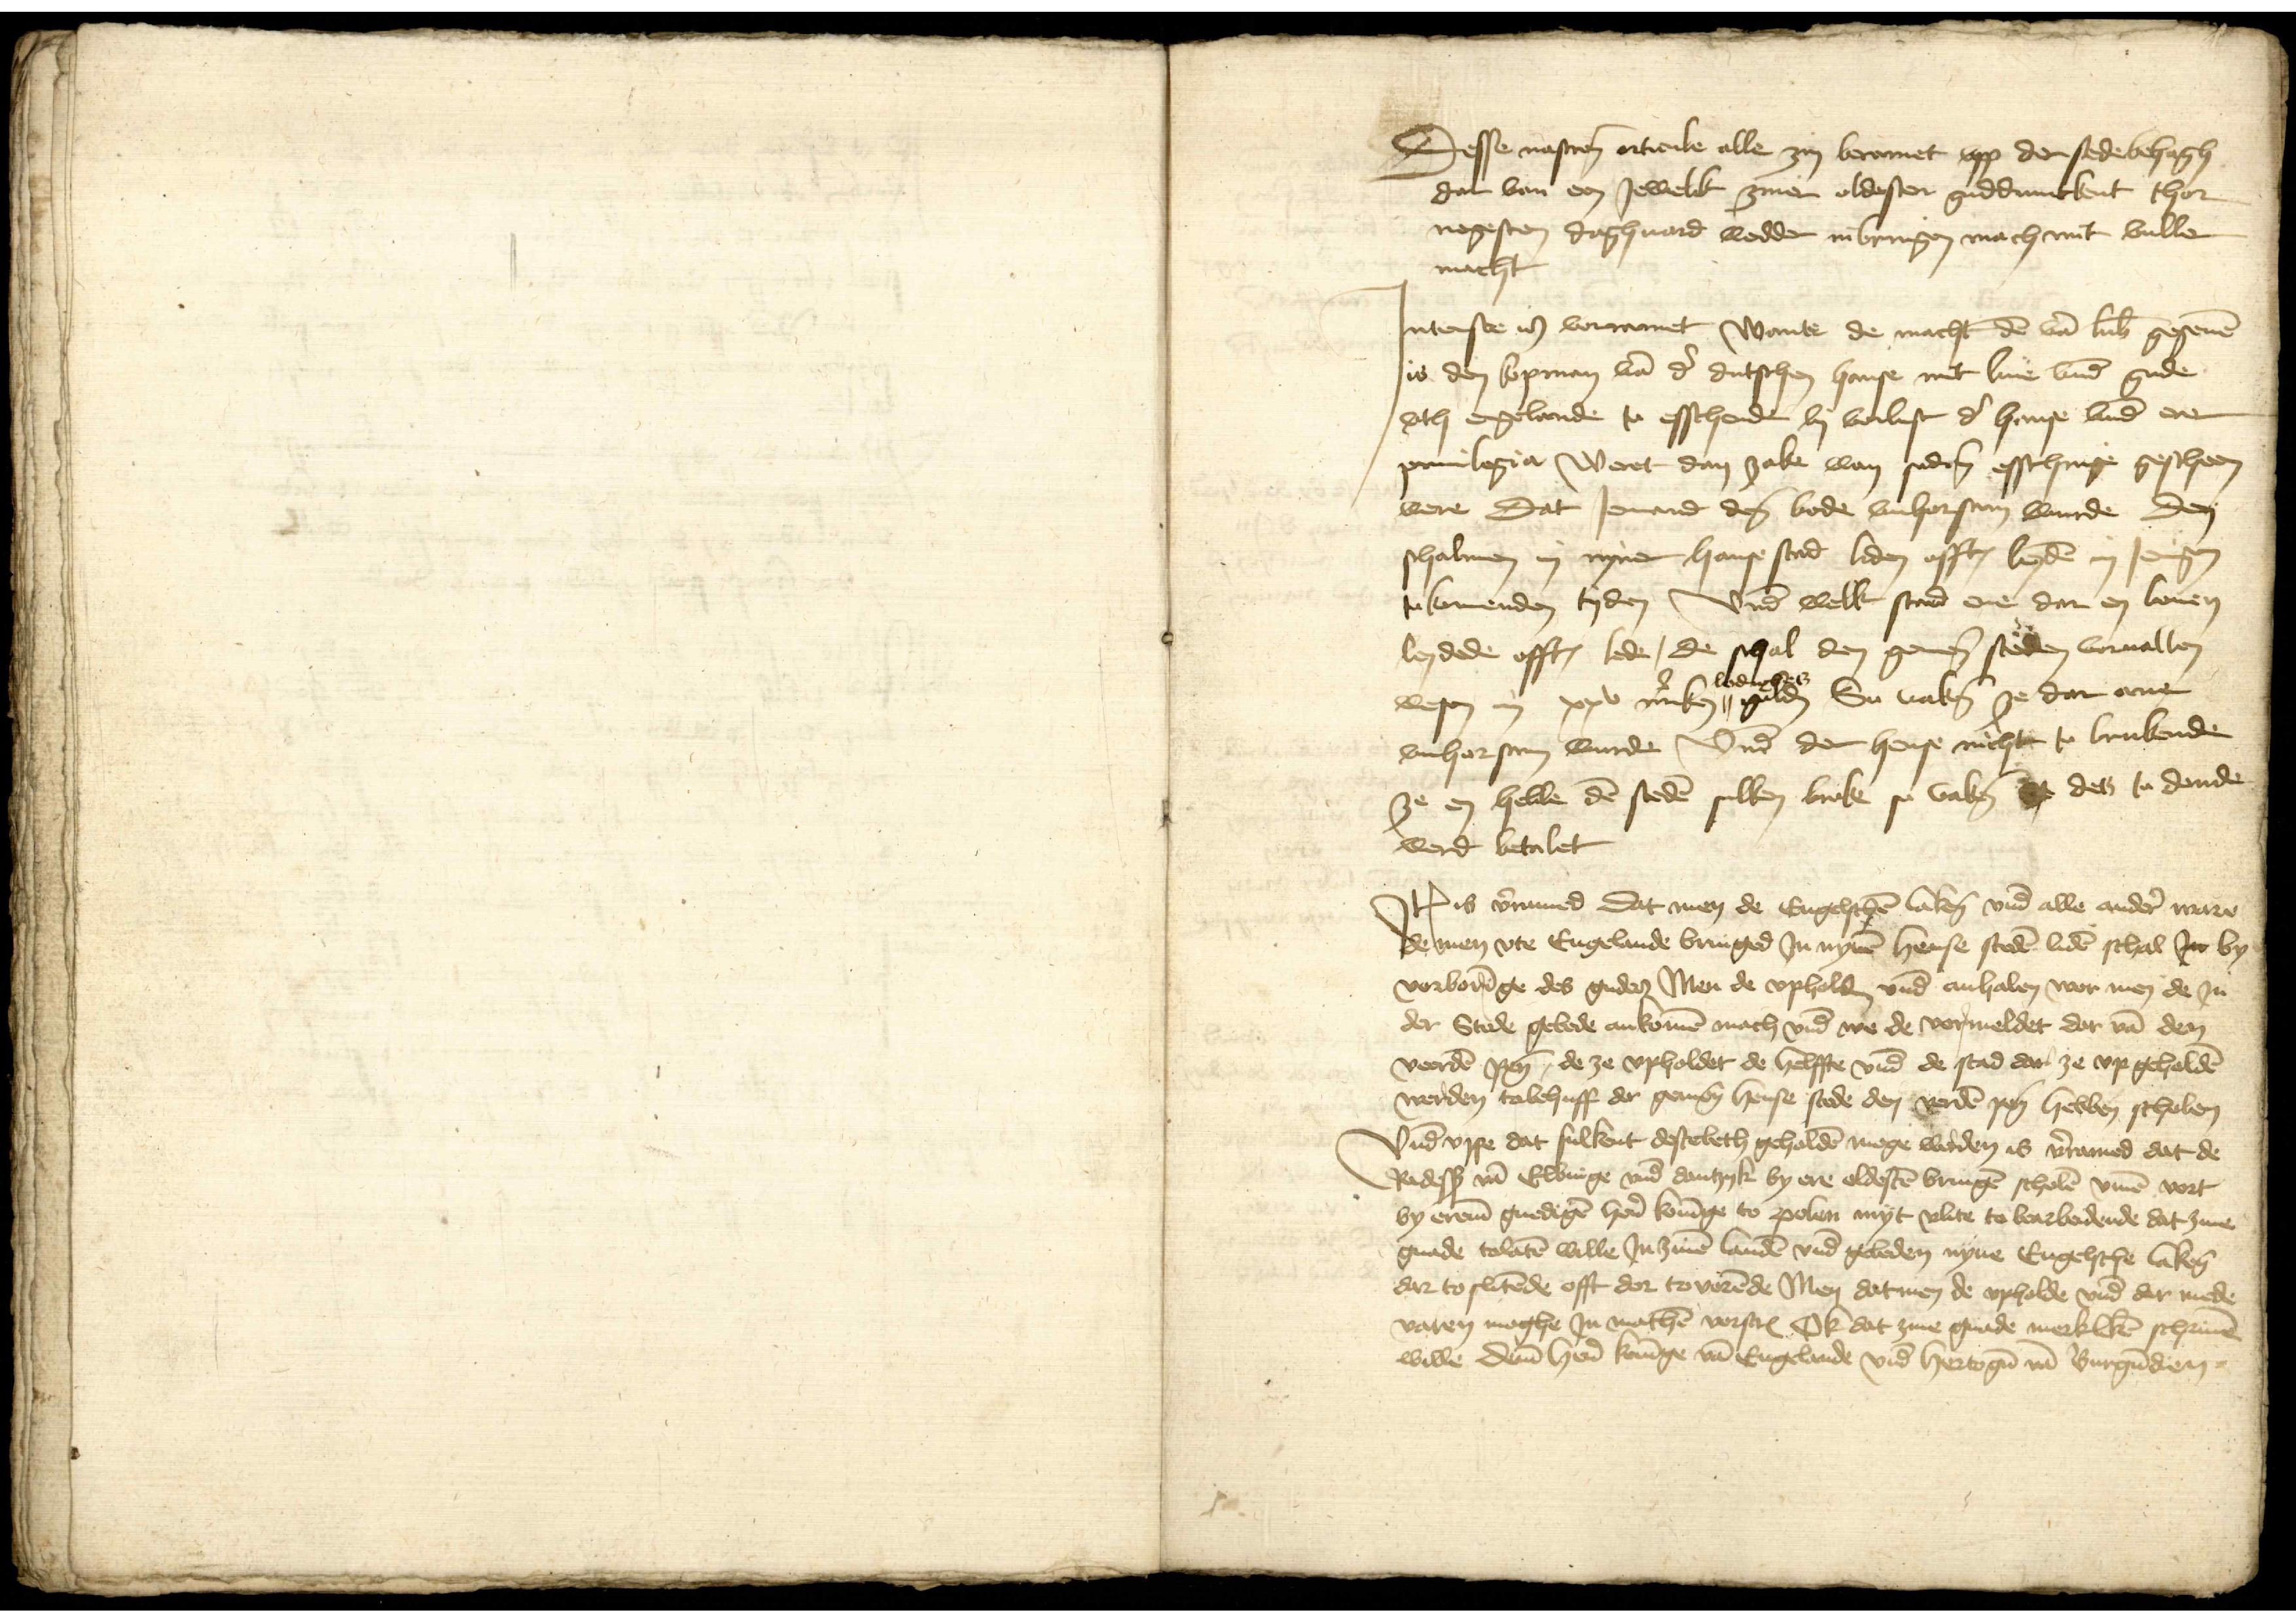
Desse nascreuen articule alle zin beramet vpp der sede behagh
dar van een Jewelk ziner oldesten guddunkent thor
negesten daghuard wedder inbringen mach mit vuller
macht

Jnterste is vorramet wante de macht den van Lubeke gegeuen
is den kopman van der dutschen hanse mit liue vnde gude
vth Engelande to esschende by vorlust der hense vnde erer
priuilegia Weret dan zake wan sederen esschinge gescheen
were Dat Jemand den bode vnhorsam wurde den
schalmen in nyner hanse sted liden offt leyden in Jenigen
tokomenden tyden Vnde welk stad ene dar en bouen
leidede offt lede, de schal den gemenen steden voruallen
lodinges
wesen in xxv marken " gulden So vakene ze dar ane
vnhorsam wurde Vnd der hense nicht to brukende
ze en hebbe den steden sulken broke so vakene d des to donde
werd betalet

Jtem is vorramed dat men de Engelschen lakene vnd alle andere ware
de men vte Engelande bringed Jn nynen hense steden luden schal Jn by
vorboringe des gudes Men de vpholden vnd anhalen wor men de Jn
der Stede gelede ankomen mach vnd we de vormeldet dar van den
veerden penning, de ze vpholdet de helffte vnd de stad dar ze vp geholden
werden tobehuff der gemenen hense stede den verden penning hebben scholen
Vnde vppe dat sulkent destebeth geholden moge worden is vorramed dat de
Radessendeboden van Elbinge vnd Dantzyk by ere oldesten bringen scholen vmme vort
by ereme gnedigen heren koninge to Polen myt vlite to bearbeidende dat zine
gnade tolaten wille Jn zinen landen vnd geleden nyne Engelsche laken
dar to slitende offt dar tovorende Men datmen de vpholde vnd der mede
varen moghe Jn mathen vorscreuen Ok dat zine gnade merkliken schriuen
wille deme heren koninge van Engelande vnd hertogen van Burgundien